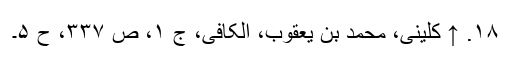
۱۸. ↑ کلینی، محمد بن یعقوب، الکافی، ج ۱، ص ۳۳۷، ح ۵۔